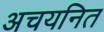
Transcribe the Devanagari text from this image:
अचयनित